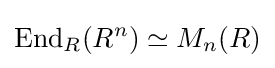
\operatorname {End} _{R}(R^{n})\simeq M_{n}(R)